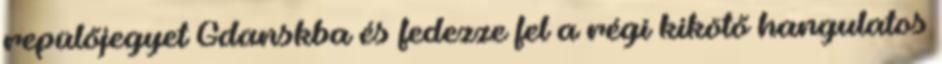
repülőjegyet Gdanskba és fedezze fel a régi kikötő hangulatos